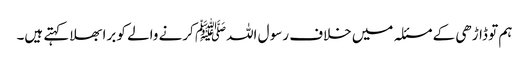
ہم تو ڈاڑھی کے مسئلہ میں خلاف رسو ل اللہﷺ کرنے والے کو برا بھلا کہتے ہیں۔